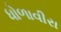
ધોળાવીરા